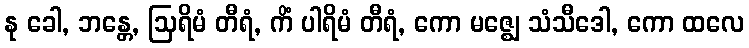
နု ခေါ, ဘန္တေ, ဩရိမံ တီရံ, ကိံ ပါရိမံ တီရံ, ကော မဇ္ဈေ သံသီဒေါ, ကော ထလေ